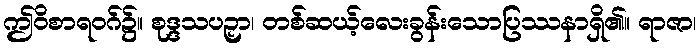
ဤဝိစာရဝဂ်၌။ စုဒ္ဒသပဉှာ၊ တစ်ဆယ့်လေးခွန်းသောပြဿနာရှိ၏။ ရာဇာ၊